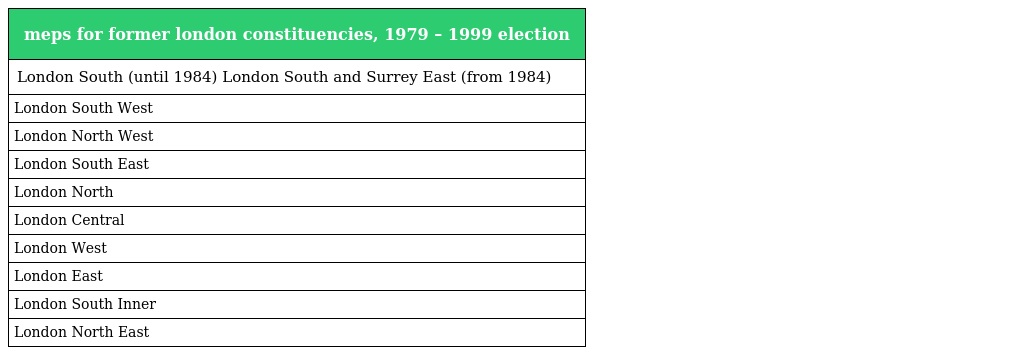
| meps for former london constituencies, 1979 – 1999 election |
 | --- |
 | London South (until 1984) London South and Surrey East (from 1984) |
 | London South West |
 | London North West |
 | London South East |
 | London North |
 | London Central |
 | London West |
 | London East |
 | London South Inner |
 | London North East |